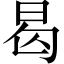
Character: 曷